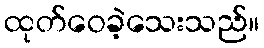
ထုတ်ဝေခဲ့သေးသည်။